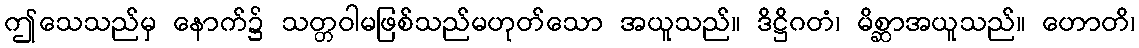
ဤသေသည်မှ နောက်၌ သတ္တဝါမဖြစ်သည်မဟုတ်သော အယူသည်။ ဒိဋ္ဌိဂတံ၊ မိစ္ဆာအယူသည်။ ဟောတိ၊